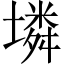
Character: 𡑝